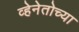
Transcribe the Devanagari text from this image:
व्हेनेतोच्या